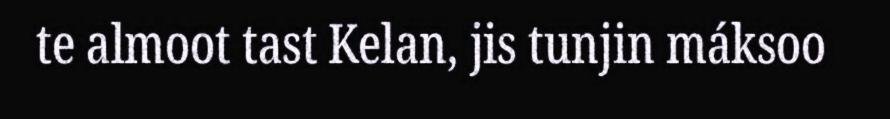
te almoot tast Kelan, jis tunjin máksoo